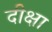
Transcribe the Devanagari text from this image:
दीक्षा